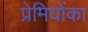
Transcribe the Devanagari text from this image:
प्रेमियोंका